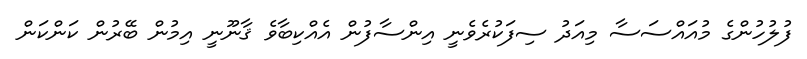
ފުލުހުންގެ މުއައްސަސާ މިއަދު ސިފަކުރެވެނީ އިންސާފުން އެއްކިބާވެ ޤާނޫނީ އިމުން ބޭރުން ކަންކަން